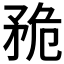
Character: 𥍨